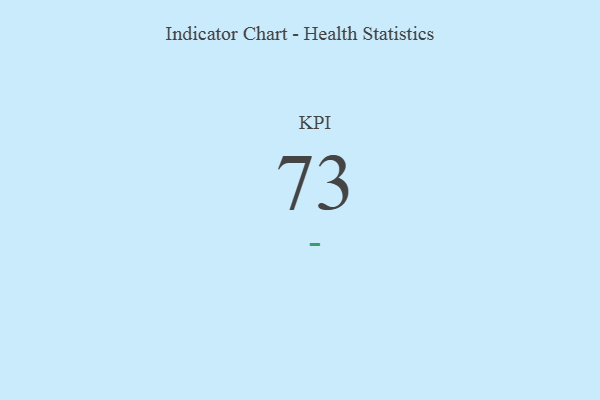
{"axis": {"x": "KPI", "y": "Value"}, "legend": [""], "data": [{"x": "KPI", "y": 73, "type": ""}]}